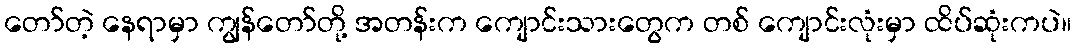
တော်တဲ့ နေရာမှာ ကျွန်တော်တို့ အတန်းက ကျောင်းသားတွေက တစ် ကျောင်းလုံးမှာ ထိပ်ဆုံးကပဲ။